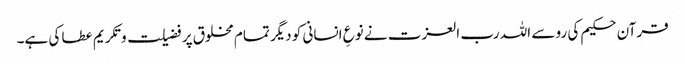
قرآن حکیم کی رو سے اللہ رب العزت نے نوعِ انسانی کو دیگر تمام مخلوق پر فضیلت و تکریم عطا کی ہے۔